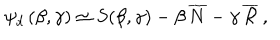
LaTeX: \psi _ { d } \, ( \beta , \gamma ) \simeq S ( \beta , \gamma ) - \beta \, \overline { { N } } - \gamma \, \overline { { { \cal R } } } \, ,